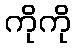
ကိုကို